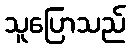
သူပြောသည်